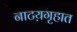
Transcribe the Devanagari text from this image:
नाटय़गृहात